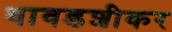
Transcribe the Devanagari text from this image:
धावडशीकर